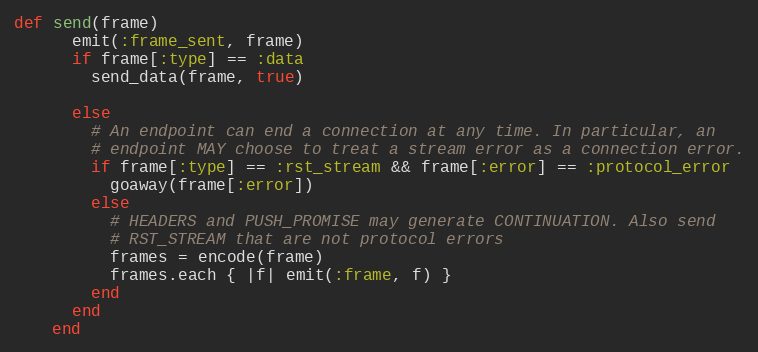
Language: Ruby
def send(frame)
      emit(:frame_sent, frame)
      if frame[:type] == :data
        send_data(frame, true)

      else
        # An endpoint can end a connection at any time. In particular, an
        # endpoint MAY choose to treat a stream error as a connection error.
        if frame[:type] == :rst_stream && frame[:error] == :protocol_error
          goaway(frame[:error])
        else
          # HEADERS and PUSH_PROMISE may generate CONTINUATION. Also send
          # RST_STREAM that are not protocol errors
          frames = encode(frame)
          frames.each { |f| emit(:frame, f) }
        end
      end
    end